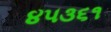
૪૫૩૬૧